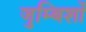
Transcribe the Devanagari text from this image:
जुम्बिशों